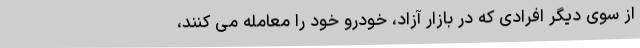
از سوی دیگر افرادی که در بازار آزاد، خودرو خود را معامله می کنند،